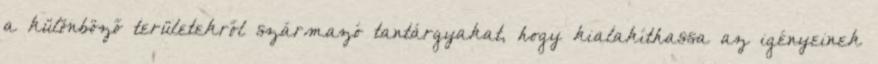
a különböző területekről származó tantárgyakat, hogy kialakíthassa az igényeinek